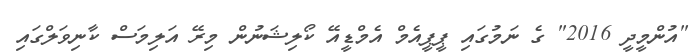
"އުންމީދީ 2016" ގެ ނަމުގައި ޕީޕީއެމް އެމްޑީއޭ ކޯލިޝަނުން މިރޭ އަލިމަސް ކާނިވަލްގައި